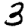
Digit: 3